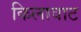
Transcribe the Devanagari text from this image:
किलावाट